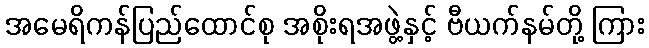
အမေရိကန်ပြည်ထောင်စု အစိုးရအဖွဲ့နှင့် ဗီယက်နမ်တို့ ကြား